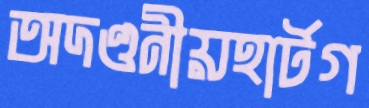
অদণ্ডনীয়হার্টগ